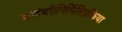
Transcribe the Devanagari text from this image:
कादंबरीनिर्मितिप्रक्रिया